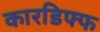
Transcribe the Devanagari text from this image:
कारडिफ्फ